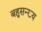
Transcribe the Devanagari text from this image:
बहुसन्ख्य